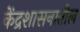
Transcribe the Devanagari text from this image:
केंद्रशासनातील